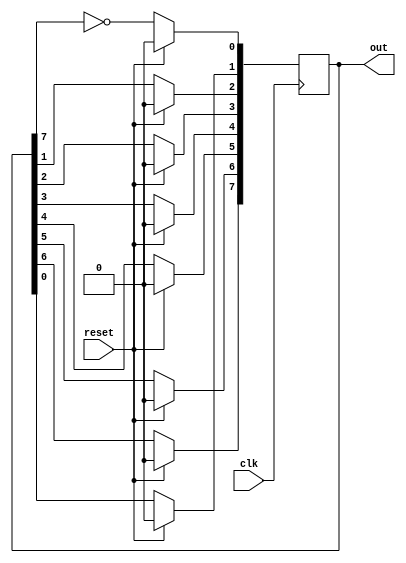
module johnson_counter( out,reset,clk);
input clk,reset;
output [7:0] out;
 
reg [7:0] q;
 
always @(posedge clk)
begin
 
if(reset)
 q=8'd0;
 else
 	begin 
 		q[7]<=q[6];
  		q[6]<=q[5];
  		q[5]<=q[4];
  		q[4]<=q[3];
  		q[3]<=q[2];
  		q[2]<=q[1];
  		q[1]<=q[0];
   		q[0]<=(~q[7]);
 	end
 end
 
assign out=q;  
endmodule